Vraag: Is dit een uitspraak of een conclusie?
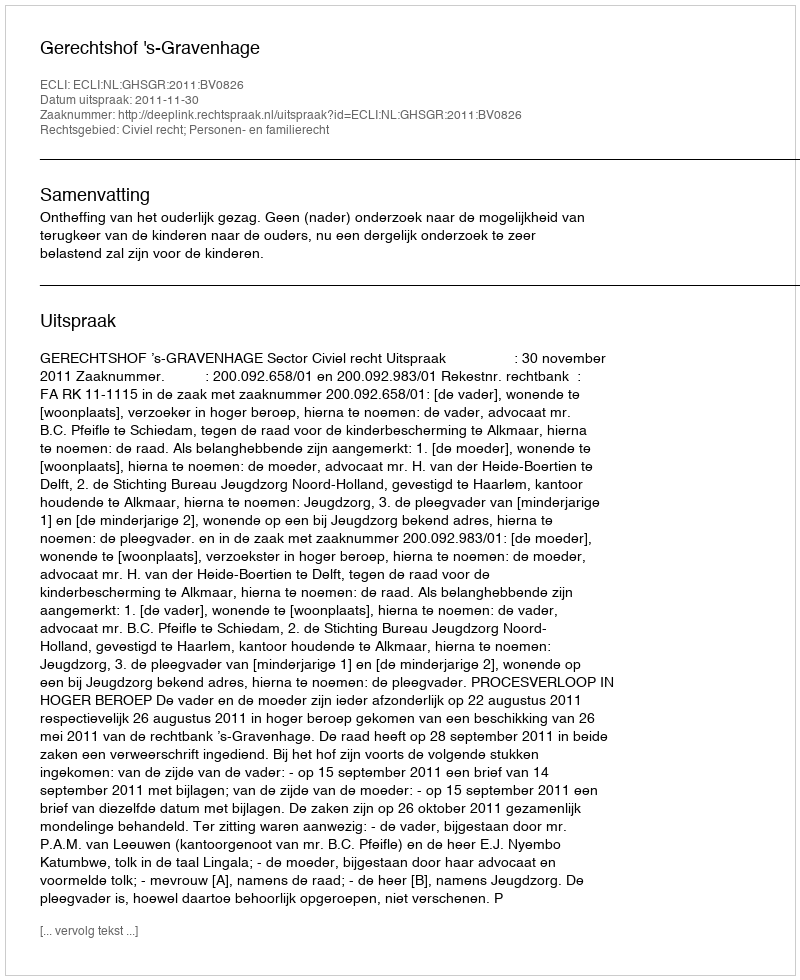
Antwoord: Uitspraak